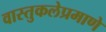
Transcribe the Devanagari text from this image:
वास्तुकलेप्रमाणे